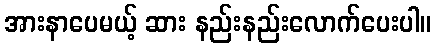
အားနာပေမယ့် ဆား နည်းနည်းလောက်ပေးပါ။